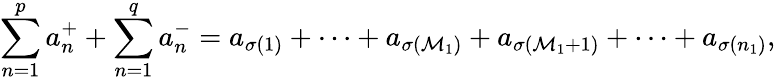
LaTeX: \sum_{n=1}^{p}a_{n}^{+}+\sum_{n=1}^{q}a_{n}^{-}=a_{\sigma(1)}+\cdots+a_{\sigma(\mathcal{M}_{1})}+a_{\sigma(\mathcal{M}_{1}+1)}+\cdots+a_{\sigma(n_{1})},